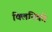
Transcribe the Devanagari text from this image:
क्लिनिको